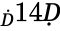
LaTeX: _Ḋ14Ḍ